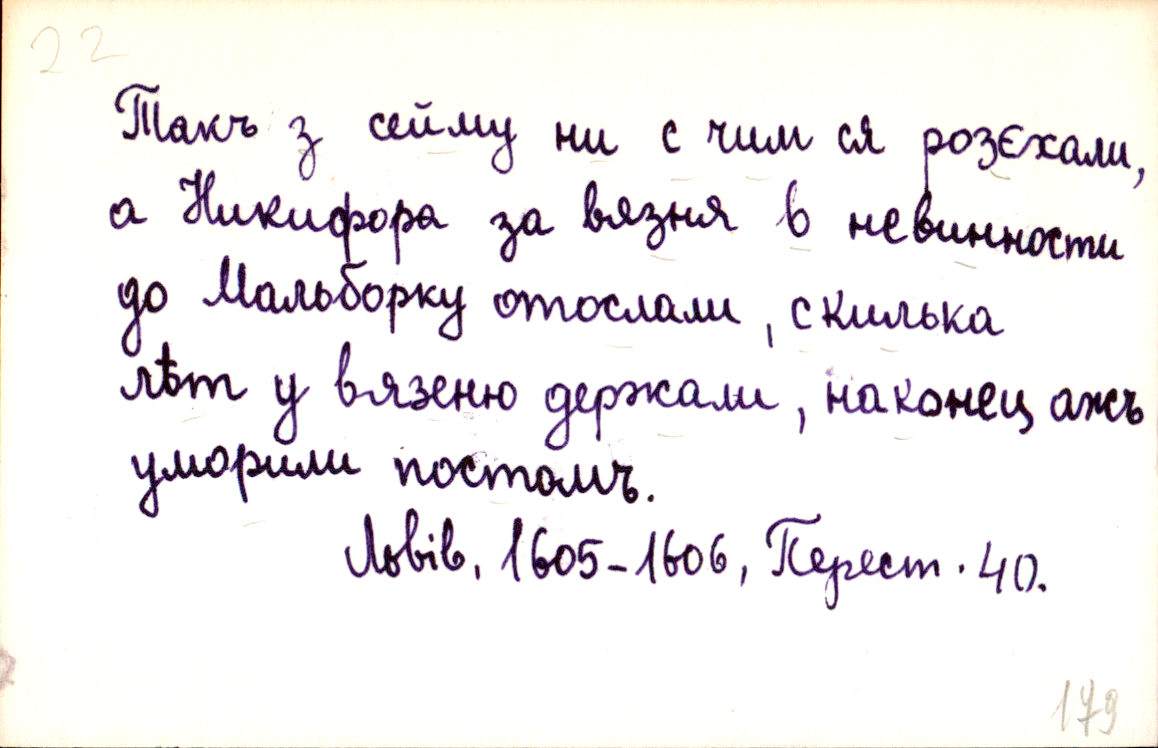
Такъ з сейму ни с чим ся розєхали,
а Никифора за вязня в невинности
до Мальборку отослали, с килька
лѣт у вязеню держали, наконец ажъ
уморили постомъ.
Львів, 1605-1606, Перест. 40.